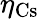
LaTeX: \eta_{\mathrm{{Cs}}}